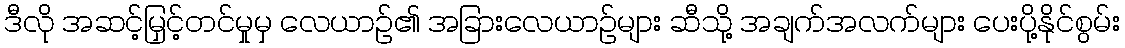
ဒီလို အဆင့်မြှင့်တင်မှုမှ လေယာဉ်၏ အခြားလေယာဉ်များ ဆီသို့ အချက်အလက်များ ပေးပို့နိုင်စွမ်း